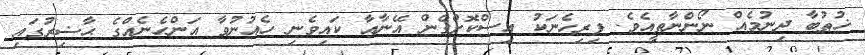
ޚުޠުބާ ދިނުމެއް ނޯންނާތީއެވެ. ފިރިހެނަކު އިސްކޮށްގެން އޭނާއާ ކައިވެނި ހެއުނުވާ އަންހެނެއްގެ ޙާޟިރުގައި